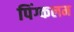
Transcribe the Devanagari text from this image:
पिंग्कलम